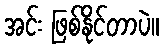
အင်း ဖြစ်နိုင်တာပဲ။